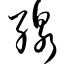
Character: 腺